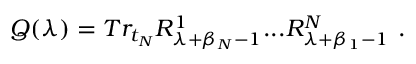
Q ( \lambda ) = T r _ { t _ { N } } { \cal R } _ { \lambda + \beta _ { N } - 1 } ^ { 1 } . . . { \cal R } _ { \lambda + \beta _ { 1 } - 1 } ^ { N } ~ .